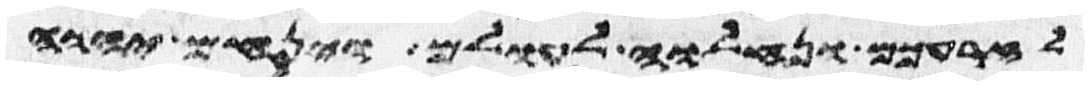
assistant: לזרעכם ונחלוה לעולם וינחם יהוה